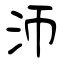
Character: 沞